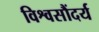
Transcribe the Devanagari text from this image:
विश्वसौंदर्य